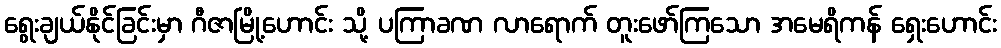
ရွေးချယ်နိုင်ခြင်းမှာ ဂီဇာမြို့ဟောင်း သို့ ပကြာခဏ လာရောက် တူးဖော်ကြသော အမေရိကန် ရှေးဟောင်း